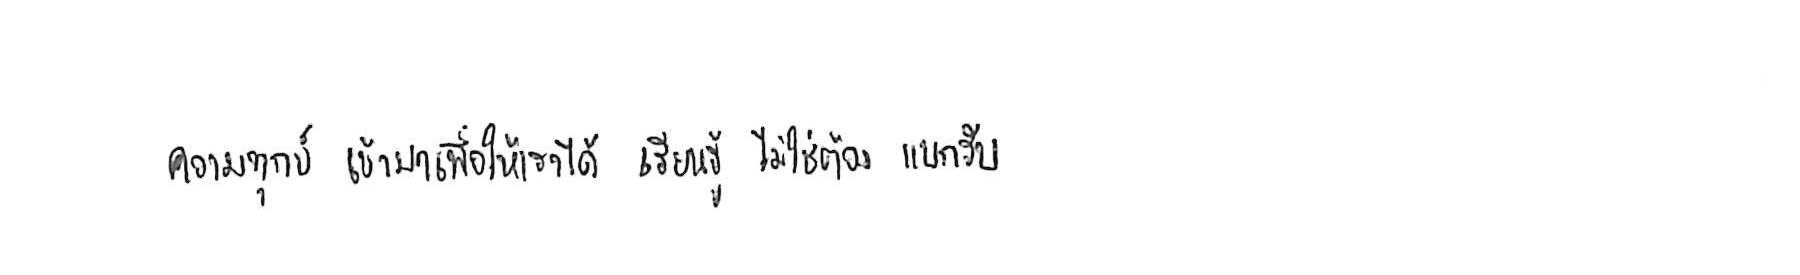
ความทุกข์ เข้ามาเพื่อให้เราได้ เรียนรู้ ไม่ใช่ต้อง แบกรับ